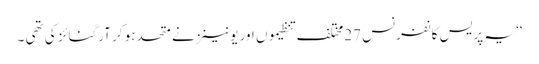
‘‘ یہ پریس کانفرنس 27مختلف تنظیموں اور یونینز نے متحدہو کر آرگنائز کی تھی ۔